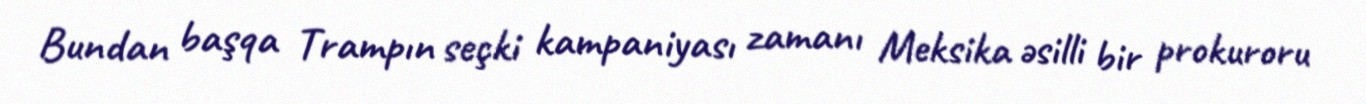
Bundan başqa Trampın seçki kampaniyası zamanı Meksika əsilli bir prokuroru